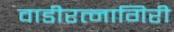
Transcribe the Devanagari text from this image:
वाडीरत्नागिरी